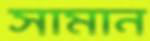
সামান